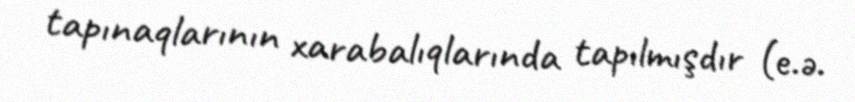
tapınaqlarının xarabalıqlarında tapılmışdır (e.ə.